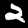
Label: 2